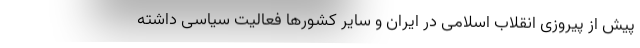
پیش از پیروزی انقلاب اسلامی در ایران و سایر کشورها فعالیت سیاسی داشته